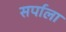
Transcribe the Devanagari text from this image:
सर्पाला